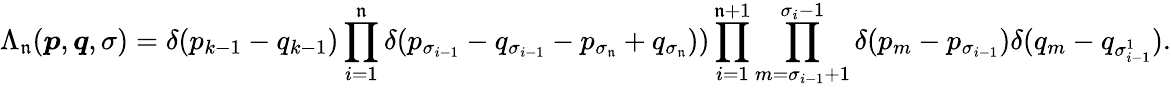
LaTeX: \Lambda_{\mathfrak{n}}(\boldsymbol{p},\boldsymbol{q},\sigma)=\delta(p_{k-1}-q_{k-1})\prod_{i=1}^{\mathfrak{n}}\delta(p_{\sigma_{i-1}}-q_{\sigma_{i-1}}-p_{\sigma_{\mathfrak{n}}}+q_{\sigma_{\mathfrak{n}}}))\prod_{i=1}^{\mathfrak{n}+1}\prod_{m=\sigma_{i-1}+1}^{\sigma_{i}-1}\delta(p_{m}-p_{\sigma_{i-1}})\delta(q_{m}-q_{\sigma_{i-1}^{1}}).